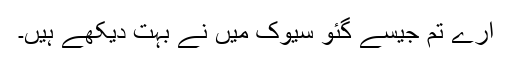
ارے تم جیسے گئو سیوک میں نے بہت دیکھے ہیں۔